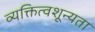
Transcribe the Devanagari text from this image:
व्यक्तित्वशून्यता